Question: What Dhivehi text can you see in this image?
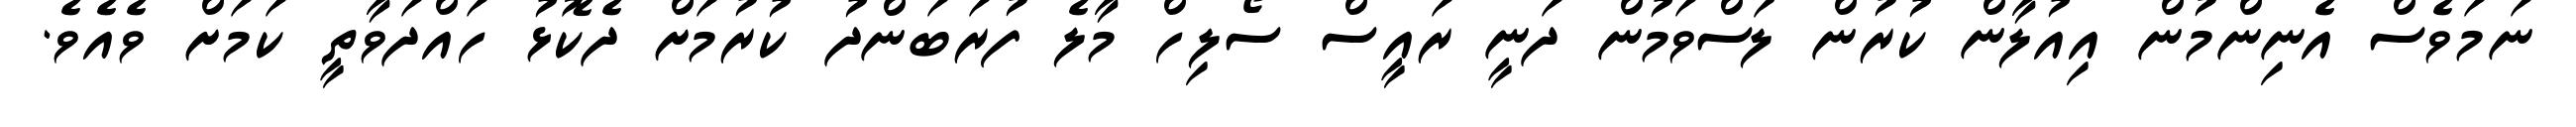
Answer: ނަމަވެސް އެނިންމުން އިއުލާން ކުރުން ލަސްވަމުން ދަނީ ރައީސް ސޯލިހް މާލެ ފުރަބަންދު ކުރުމަށް ދެކޮޅު ހައްދަވާތީ ކަމަށް ވެއެވެ.